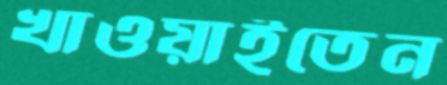
খাওয়াইতেন